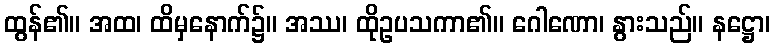
ထွန်၏။ အထ၊ ထိမှနောက်၌။ အဿ၊ ထိုဥပသကာ၏။ ဂေါဏော၊ နွားသည်။ နဋ္ဌော၊